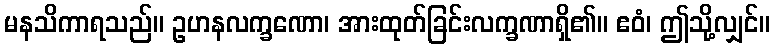
မနသိကာရသည်။ ဥဟနလက္ခဏော၊ အားထုတ်ခြင်းလက္ခဏာရှိ၏။ ဧဝံ၊ ဤသို့လျှင်။